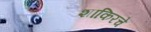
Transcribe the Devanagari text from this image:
शाकिरचे